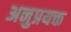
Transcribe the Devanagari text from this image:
अनुप्रयक्त